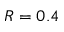
R = 0 . 4